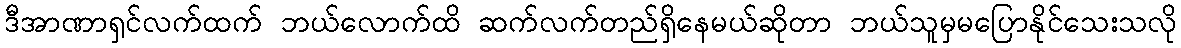
ဒီအာဏာရှင်လက်ထက် ဘယ်လောက်ထိ ဆက်လက်တည်ရှိနေမယ်ဆိုတာ ဘယ်သူမှမပြောနိုင်သေးသလို